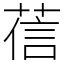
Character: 𦴩